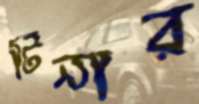
টিনার